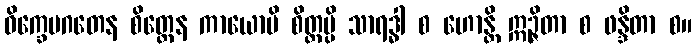
ဝိက္ခေပဂတေန စိတ္တေန ကာယောပိ စိတ္တမ္ပိ သာရဒ္ဓါ စ ဟောန္တိ ဣဉ္ဇိတာ စ ဖန္ဒိတာ စ။